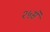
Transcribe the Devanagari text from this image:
२५से